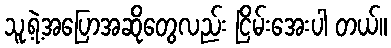
သူ့ရဲ့အပြောအဆိုတွေလည်း ငြိမ်းအေးပါ တယ်။